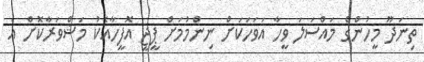
ތިނަދޫ މީހުންގެ މައްސަލަ ވީހާ އަވަހަކަށް ނިންމުމަށް ޕީޖީ އޮފީހާއެކު މަޝްވަރާކޮށް އެ